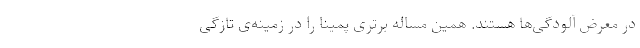
در معرض آلودگی‌ها هستند. همین مساله برتری پمینا را در زمینه‌ی تازگی